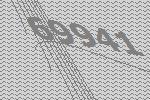
69941